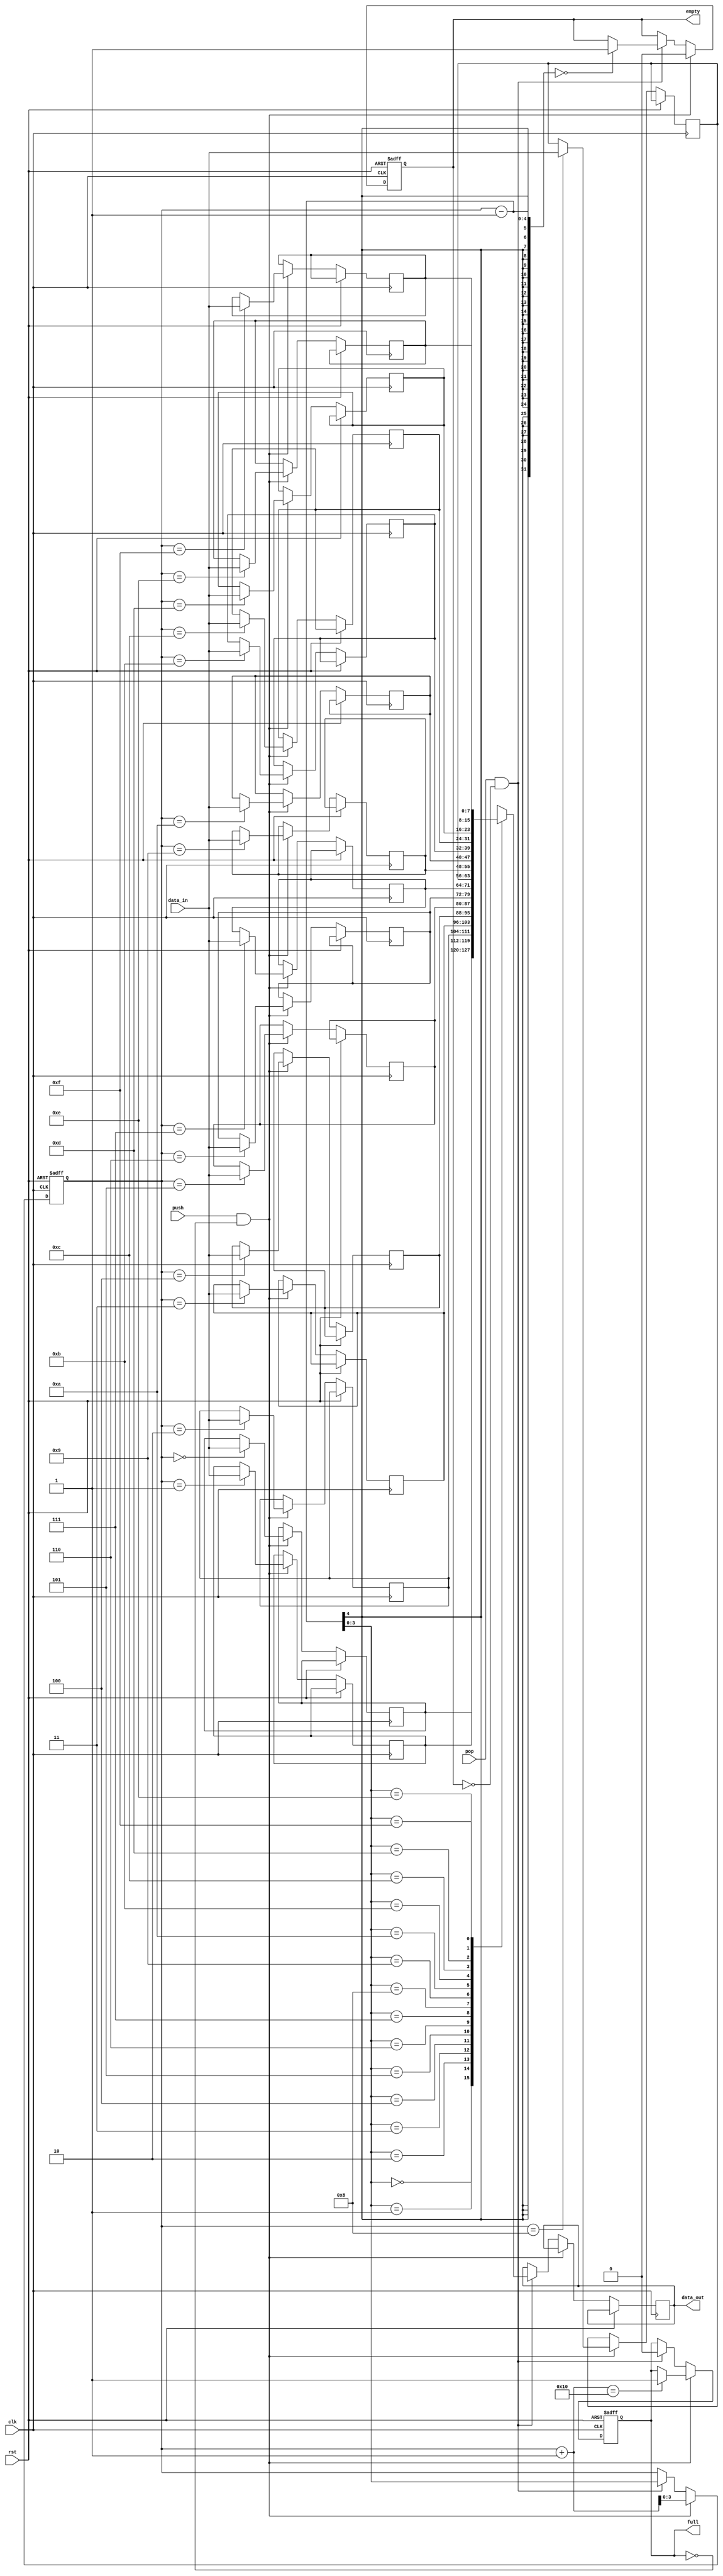
`timescale 1ns / 1ps
module stack #(
    parameter N = 8, 
    parameter MAX_SIZE = 16 
)(
    input wire clk,
    input wire rst,
    input wire push,
    input wire pop,
    input wire signed [N-1:0] data_in,
    output reg signed [N-1:0] data_out,
    output reg full,
    output reg empty
);
    localparam LOG2_MAX_SIZE = $clog2(MAX_SIZE);
    reg signed [N-1:0] memory [0:MAX_SIZE-1];
    reg [LOG2_MAX_SIZE-1:0] top_index;
    initial begin
        top_index = 0;
        full = 0;
        empty = 1;
        data_out = 0; 
    end
    always @(posedge clk or posedge rst) begin
        if (rst) begin
            top_index <= 0;
            full <= 0;
            empty <= 1;
        end else begin
            if (push && !full) begin
                memory[top_index] <= data_in;
                top_index <= top_index + 1;
                if (top_index + 1 == MAX_SIZE) begin
                    full <= 1;
                end
                empty <= 0;
            end else if (pop && !empty) begin
                top_index <= top_index - 1;
                data_out <= memory[top_index - 1];
                if (top_index - 1 == 0) begin
                    empty <= 1;
                end
                full <= 0;
            end
        end
    end
endmodule